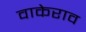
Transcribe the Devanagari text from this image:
वाकेराव